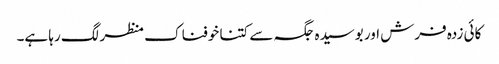
کائی زدہ فرش اور بوسیدہ جگہ سے کتنا خوفناک منظر لگ رہا ہے۔